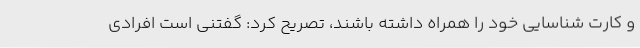
و کارت شناسایی خود را همراه داشته باشند، تصریح کرد: گفتنی است افرادی